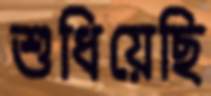
শুধিয়েছি